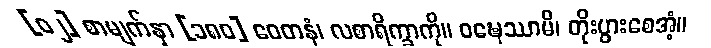
[၀၂] စာမျက်နှာ [၁၈၀] ဝေတနံ၊ လစာရိက္ခာကို။ ဝဍ္ဎေဿာမိ၊ တိုးပွားစေအံ့။